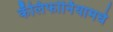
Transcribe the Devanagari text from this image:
कॅलिफोर्नियामधे